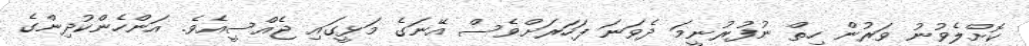
ކޮށްލެވުނު ވަރުން ހިތް ނުފުރުނީމަ ދެވަނަ ފަހަރަށްވެސް އޭނަގެ މަޅީގައި ޖެއްސީއެވެ. އަންހެންކުދިންގެ